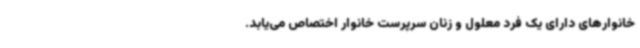
خانوارهای دارای یک فرد معلول و زنان سرپرست خانوار اختصاص می‌یابد.